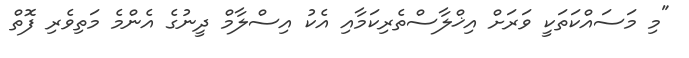
"މި މަސައްކަތަކީ ވަރަށް އިޚްލާސްތެރިކަމާއި އެކު އިސްލާމް ދީނުގެ އެންމެ މަތިވެރި ފޮތް